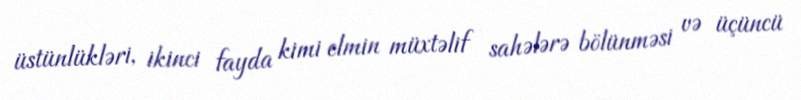
üstünlükləri, ikinci fayda kimi elmin müxtəlif sahələrə bölünməsi və üçüncü